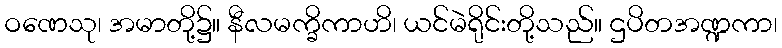
ဝဏေသု၊ အမာတို့၌။ နီလမက္ခိကာဟိ၊ ယင်မဲရိုင်းတို့သည်။ ဌပိတအဏ္ဍကာ၊